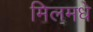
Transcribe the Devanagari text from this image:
मिलमधे